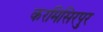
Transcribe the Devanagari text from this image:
करमिसिरपुर